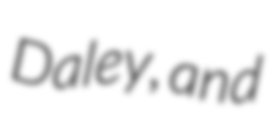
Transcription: Daley, and